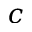
c